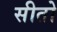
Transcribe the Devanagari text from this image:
सीतो